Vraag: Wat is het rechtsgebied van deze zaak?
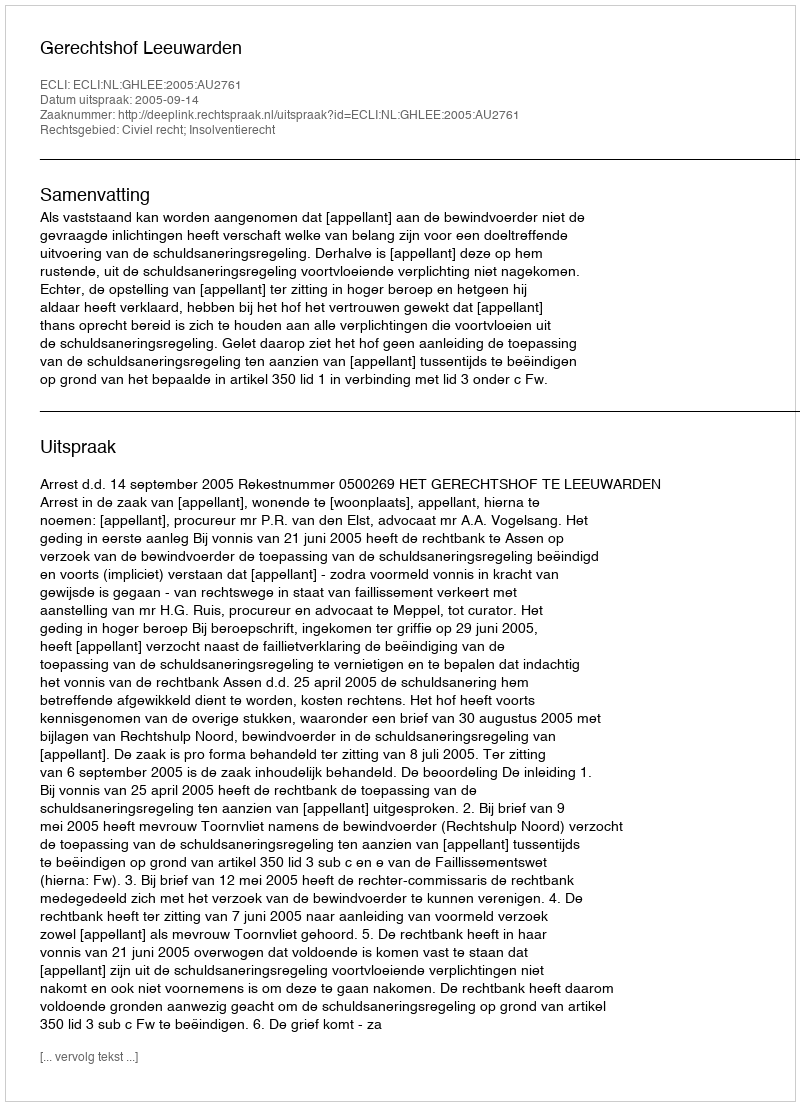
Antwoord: Civiel recht; Insolventierecht